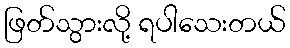
ဖြတ်သွားလို့ ရပါသေးတယ်